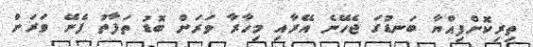
ތިރިކޮށްފިއްޔާ ބަނޑުގަ ޖެހޭނެ އޭރާއި މިހާރާ ވަރަށް ބޮޑު ތަފާތު ފެނޭ ވަރަށް